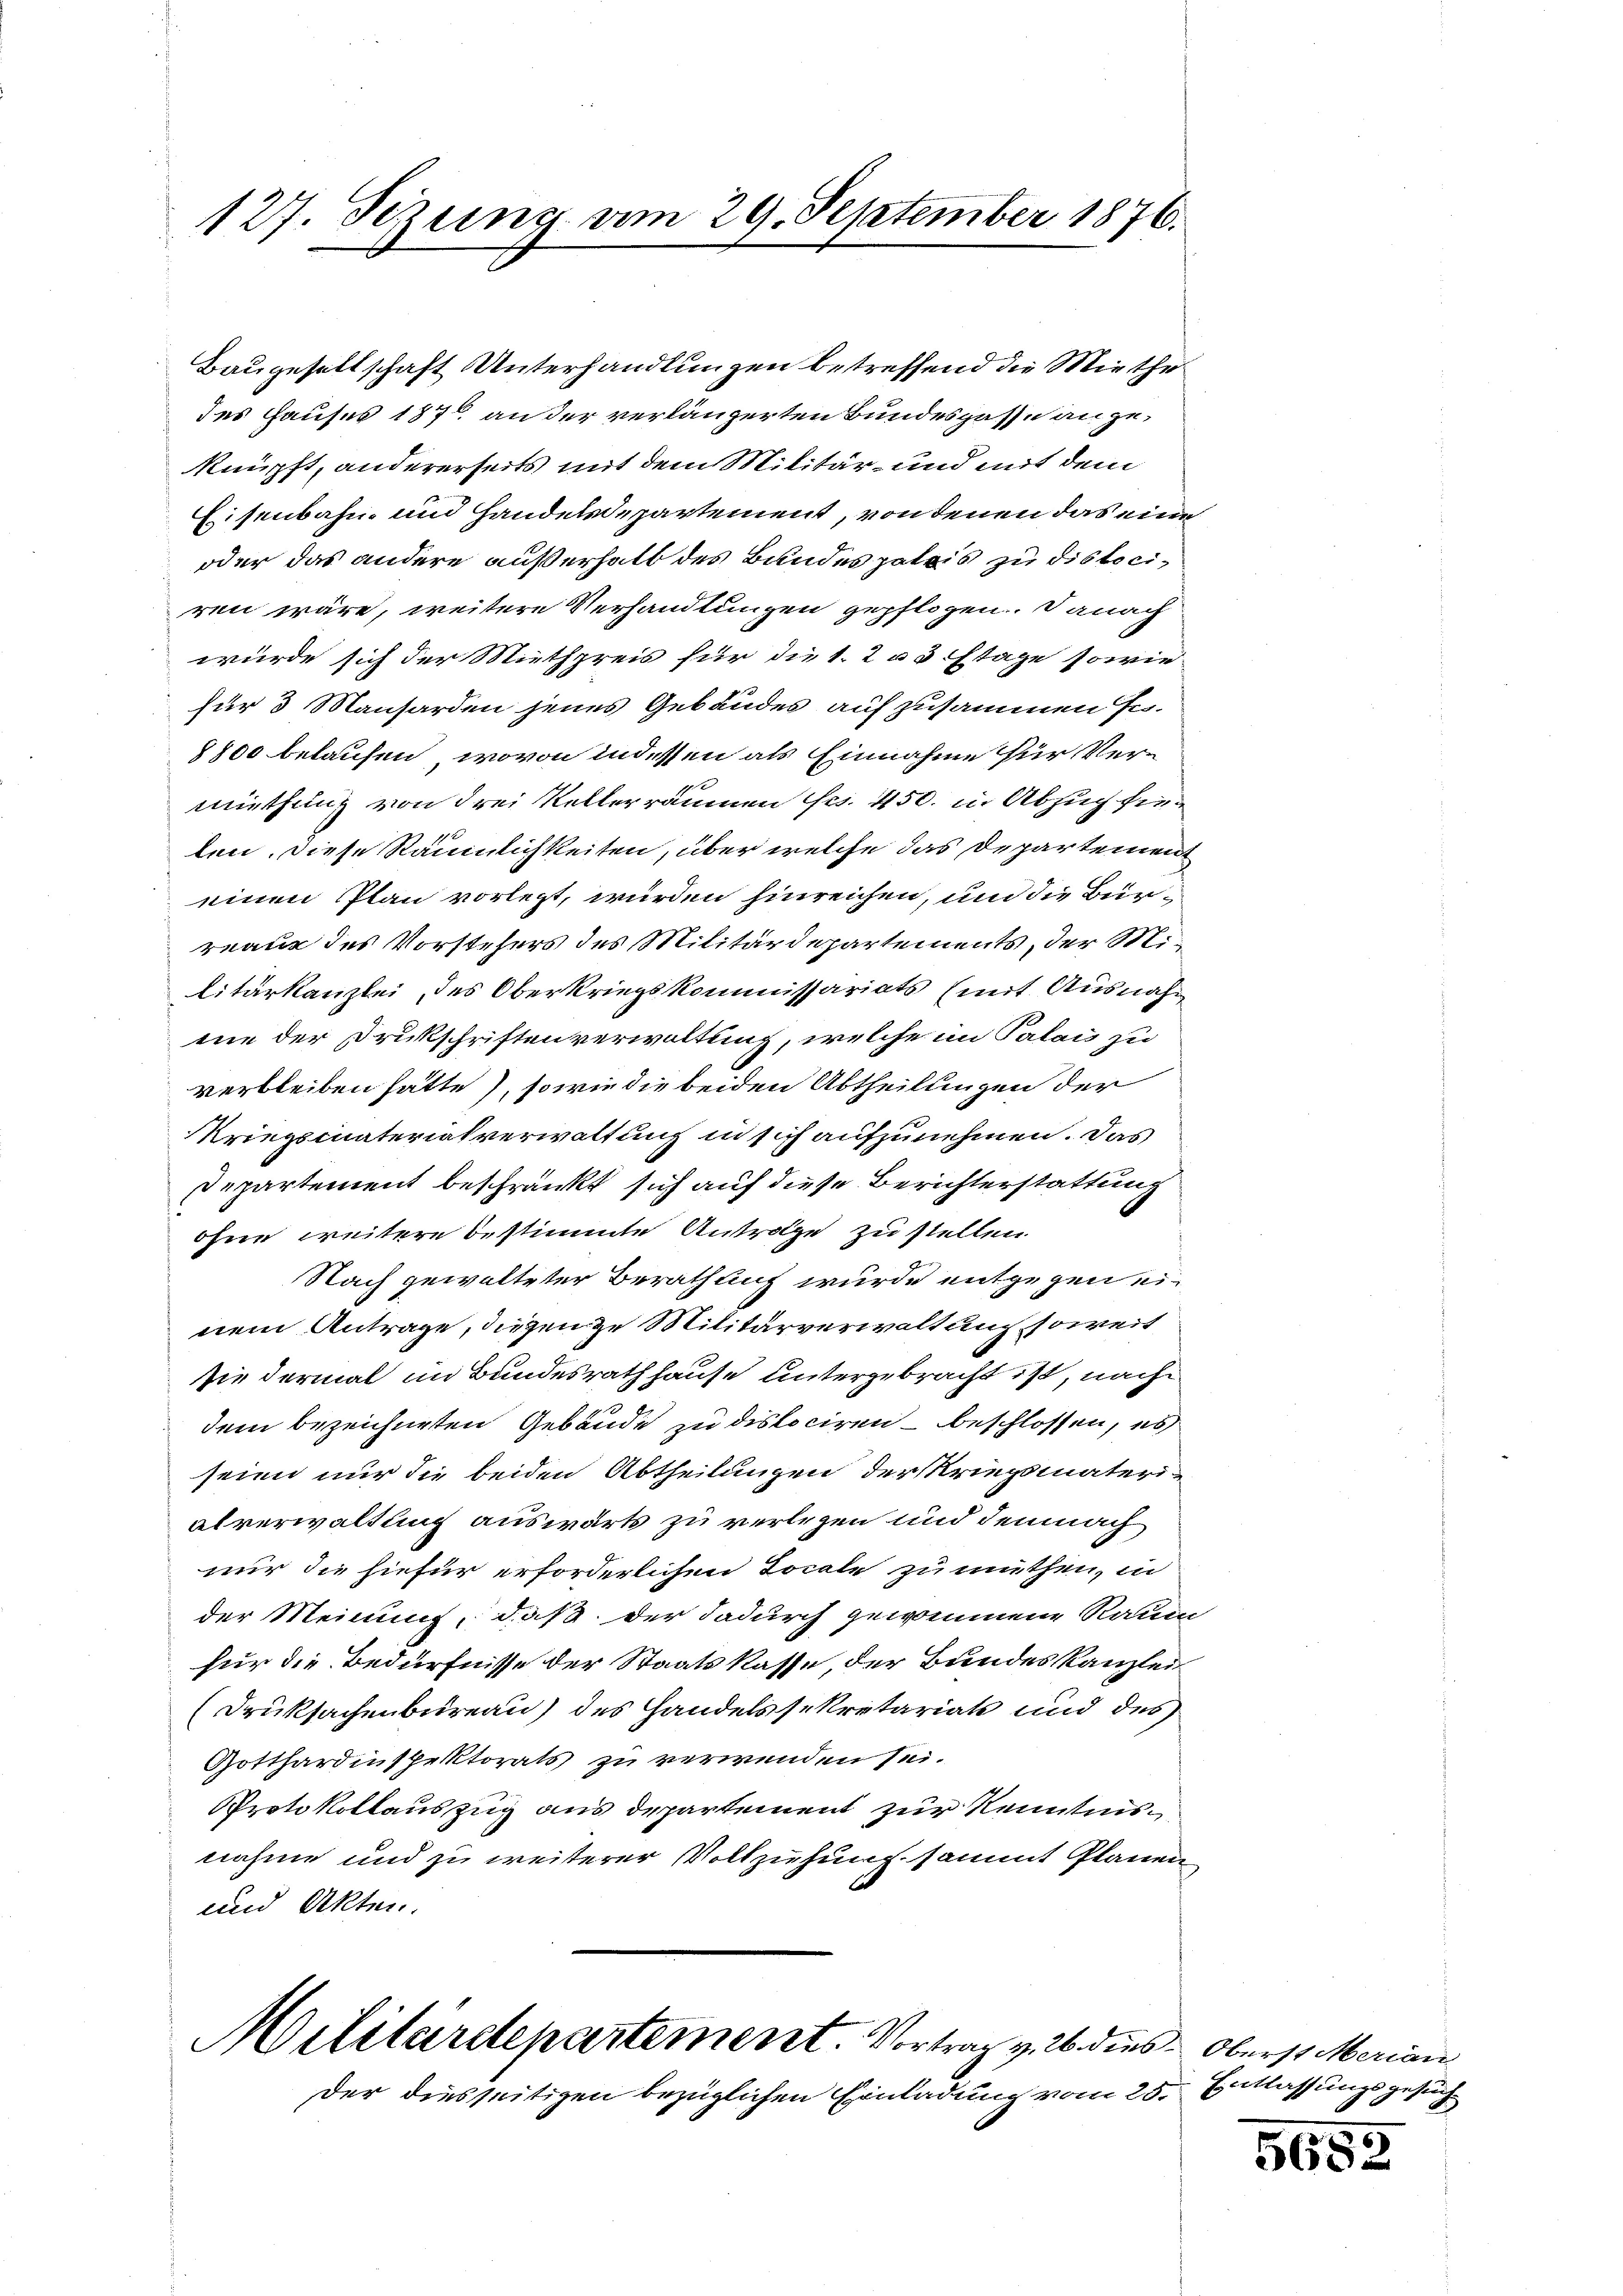
127. Sezung am 29. September 1876.

nur die hiefür erforderlichen Locale zu muthen, in
der Meinung, daß der dadurch gewommene Raum
für die Bedürfnisse der Staatskasse, der Bundeskanzlei
(Druksachenbureau des Handelssekretariat und des
Gotthardinspektorats zu verwenden sei.
Protokollauszug aus departement zur Kenntnis
nnahme und zu weiterer Vollziehung sammt Planen
und Akten.
Militärdepartement. Vortrag v. 26 dies Oberst Merian
Der diesseitigen bezüglichen Einladung vom 25. Entlassungsgesuch

Baugesellschaft Unterhandlungen betreffend die Miethe
des Hauses 187 an der verlängerten Bundesgasse angeknüpft, andererseits mit dem Militär- und mit dem
Eisenbahn und Handelsdepartement, von denen das eine
oder das andere außerhalb des Bundes patris zu dislociren wäre, weitere Verhandlungen gepflogen. Danach
würde sich der Miethpreis für die 1. 2 u 3 Etage sowie-
für 3 Mansarden jenes Gebäudes auf zusammen so¬
8800 belaufen, wovon indessen als Einnahme für Vermiethung von drei Kellerräumen frs. 450. in Abzug hielen. Diese Räumlichkeiten, über welche das Departement
einen Plan vorlegt, würden hinreichen, um die Bürreau des Vorstehers des Militärdepartements, der Militärkanzlei, des Oberkriegskommissariats (mit Ausnahm
me der Drukschriften verwaltung, welche im Palais zu
verbleiben hätte), sowie die beiden Abtheilungen der
Kriegsmaterialverwaltung in sich aufzunehmen. Das
Departement beschränkt sich auf diese Berichterstattung
ohne weitere bestimmte Antrage zu stellen.
Nach gewalteter Berathung wurde entgegen einem Antrage, diesen zu Militärverwaltung soweit
sie dermal im Bundesrath hause untergebracht ist, nach
dem bezeichneten Gebäude zu dislociren – beschlossen, es
seien nur die beiden Abtheilungen der Kriegsmateri-
alverwaltung auswärts zu verlegen und demnach

565.